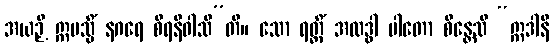
အယဉှိ ဣမသ္မိံ နဂရေ စိရနိဝါသီ”တိ။ သော ရတ္တိံ အလဒ္ဓါ ပါတော စိန္တေသိ “ဣဒါနိ